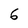
Character: 6